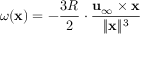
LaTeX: { \boldsymbol { \omega } } ( \mathbf { x } ) = - { \frac { 3 R } { 2 } } \cdot { \frac { \mathbf { u } _ { \infty } \times \mathbf { x } } { \| \mathbf { x } \| ^ { 3 } } }